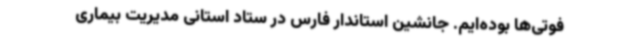
فوتی‌ها بوده‌ایم. جانشین استاندار فارس در ستاد استانی مدیریت بیماری